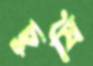
চুষি